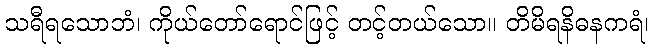
သရီရသောဘံ၊ ကိုယ်တော်ရောင်ဖြင့် တင့်တယ်သော။ တိမိရနိဓနကရံ၊